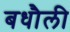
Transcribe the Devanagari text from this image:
बधौली